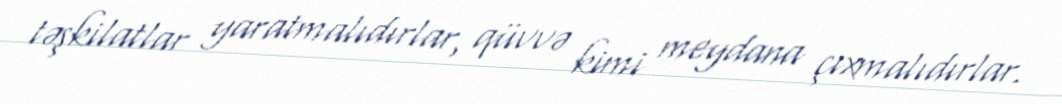
təşkilatlar yaratmalıdırlar, qüvvə kimi meydana çıxmalıdırlar.